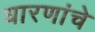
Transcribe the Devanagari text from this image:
धारणांचे